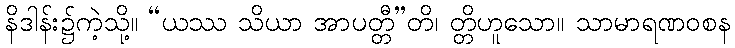
နိဒါန်း၌ကဲ့သို့။ “ယဿ သိယာ အာပတ္တီ”တိ၊ တ္တိဟူသော။ သာမာရဏဝစန